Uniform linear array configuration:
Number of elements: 32
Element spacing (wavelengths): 0.25
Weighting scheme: exponential
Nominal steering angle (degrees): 30
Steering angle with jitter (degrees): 28.844
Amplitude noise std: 0.05
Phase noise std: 0.05

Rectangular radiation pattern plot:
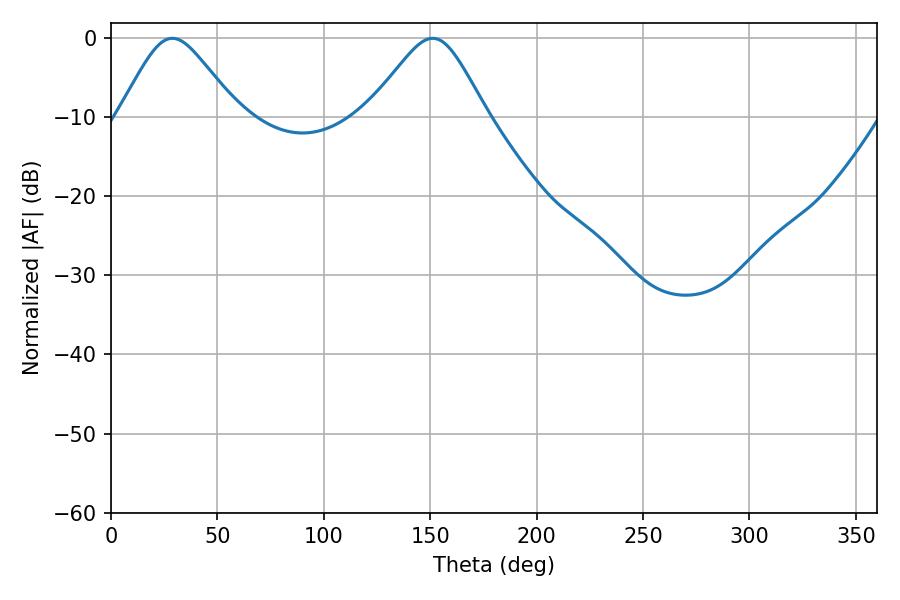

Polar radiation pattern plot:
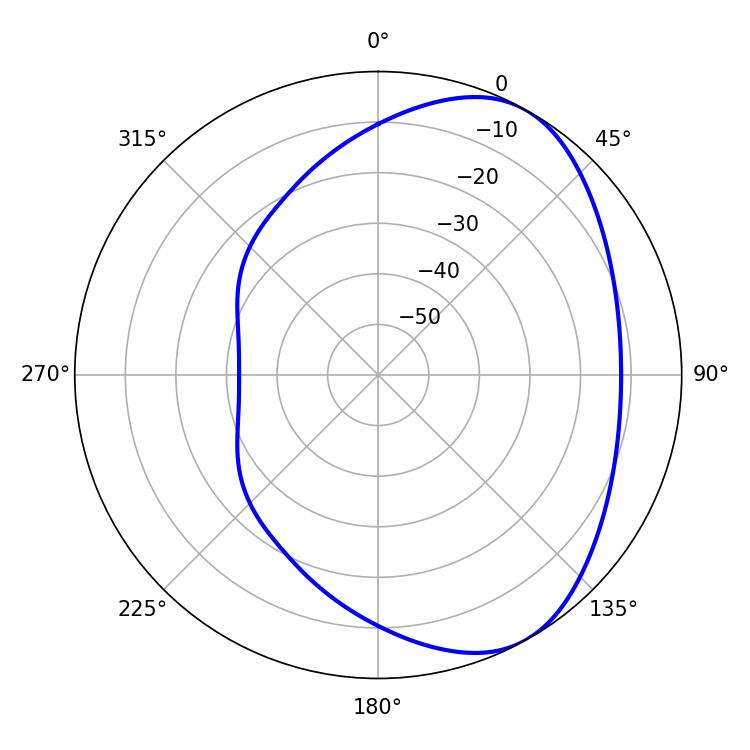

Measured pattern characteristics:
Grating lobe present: FALSE
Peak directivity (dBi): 5.212
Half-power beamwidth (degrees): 27
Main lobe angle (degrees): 28.8